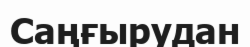
Саңғырудан